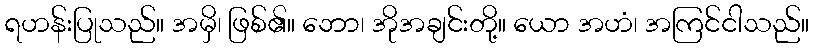
ရဟန်းပြုသည်။ အမှိ၊ ဖြစ်၏။ ဘော၊ အိုအချင်းတို့။ ယော အဟံ၊ အကြင်ငါသည်။